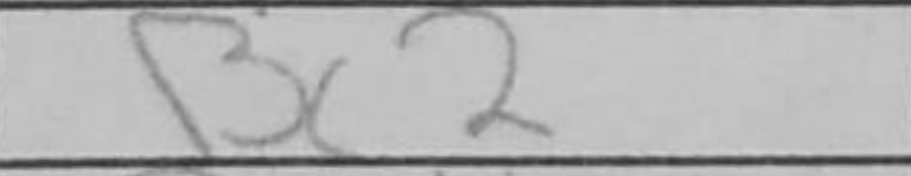
Transcription: Bc2